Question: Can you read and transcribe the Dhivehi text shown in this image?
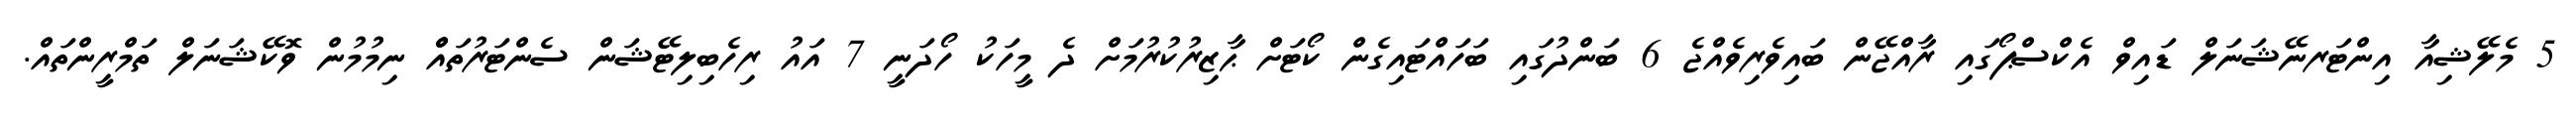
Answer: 5 މެލޭޝިއާ އިންޓަރނޭޝަނަލް ޑައިވް އެކްސްޕޯގައި ރާއްޖޭން ބައިވެރިވެއްޖެ 6 ބަންދުގައި ބަހައްޓައިގެން ކޯޓަށް ޙާޒިރުކުރުމަށް ދެ މީހަކު ހޯދަނީ 7 އައު ރިހެބިލިޓޭޝަން ސެންޓަރުތައްް ނިމުމުން ވޮކޭޝަނަލް ތަމްރީންތައް.